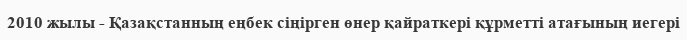
2010 жылы - Қазақстанның еңбек сіңірген өнер қайраткері құрметті атағының иегері